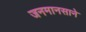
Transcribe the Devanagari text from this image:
जनमानसाने